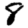
Digit: 8